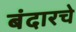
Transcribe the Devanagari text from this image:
बंदारचे